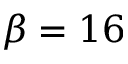
\beta = 1 6